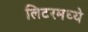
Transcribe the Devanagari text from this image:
लिटरमध्ये